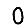
Digit: 0